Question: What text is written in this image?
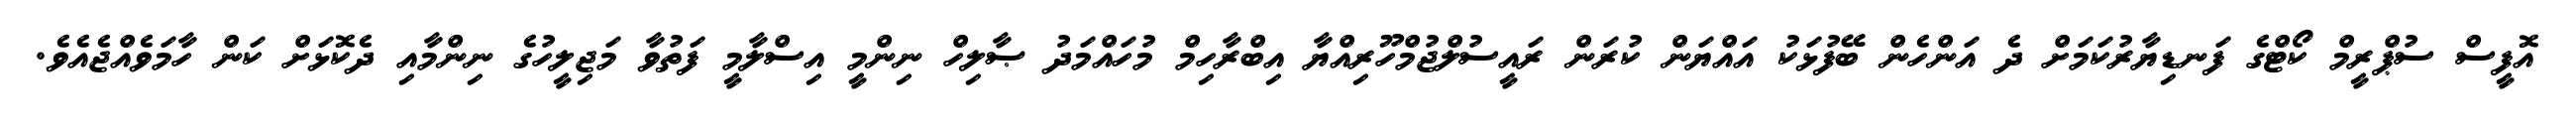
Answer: އޮފީސް ސުޕްރީމް ކޯޓްގެ ފަނޑިޔާރުކަމަށް ދެ އަންހެން ބޭފުޅަކު އައްޔަން ކުރަން ރައީސުލްޖުމްހޫރިއްޔާ އިބްރާހިމް މުހައްމަދު ޞާލިހް ނިންމީ އިސްލާމީ ފަތުވާ މަޖިލީހުގެ ނިންމާއި ދެކޮޅަށް ކަން ހާމަވެއްޖެއެވެ.